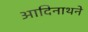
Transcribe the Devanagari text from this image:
आदिनाथने